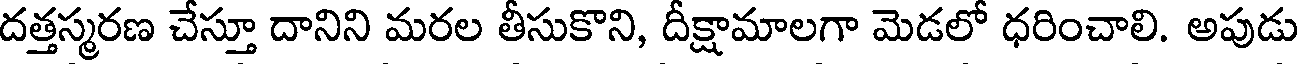
దత్తస్మరణ చేస్తూ దానిని మరల తీసుకొని, దీక్షామాలగా మెడలో ధరించాలి. అపుడు